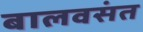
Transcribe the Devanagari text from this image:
बालवसंत